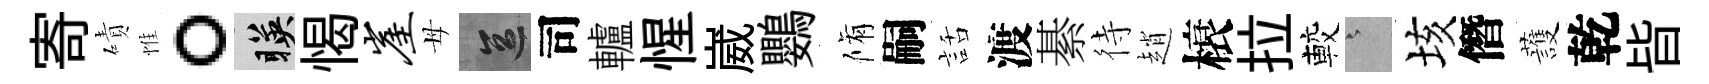
寄磧惟。暎愒崖母區司轤惺崴鸚脩嗣話渡綦待趙榱拉較澹垓僭䕶乾𣅜